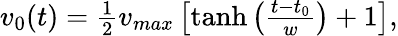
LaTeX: \begin{array}{r}{v_{0}(t)=\frac{1}{2}v_{max}\left[\operatorname{tanh}\left(\frac{t-t_{0}}{w}\right)+1\right],}\end{array}